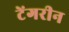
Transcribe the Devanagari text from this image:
टेंगरीन